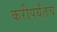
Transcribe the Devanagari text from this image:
करीपर्यंतच